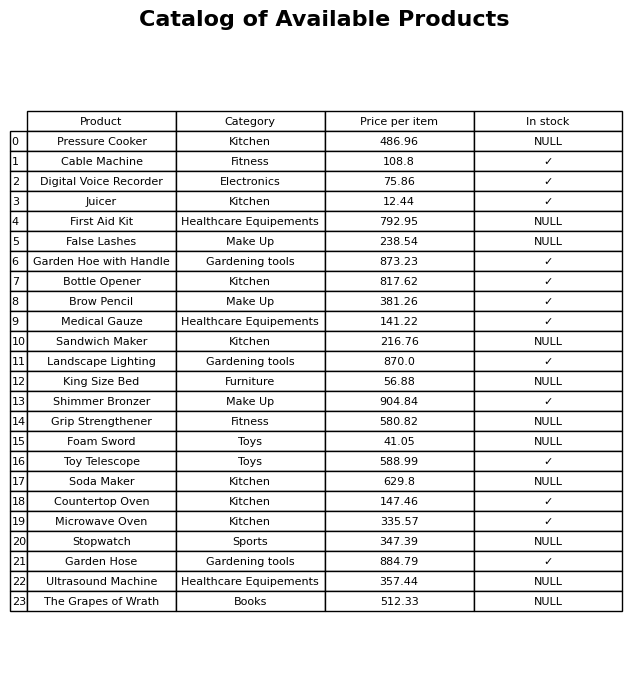
question: Is the Countertop Oven in stock?
answer: ✓